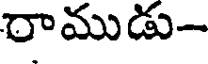
రాముడు-